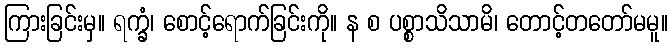
ကြားခြင်းမှ။ ရက္ခံ၊ စောင့်ရောက်ခြင်းကို။ န စ ပစ္စာသိသာမိ၊ တောင့်တတော်မမူ။